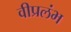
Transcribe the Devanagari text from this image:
वीप्रलंभ